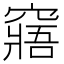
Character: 窹